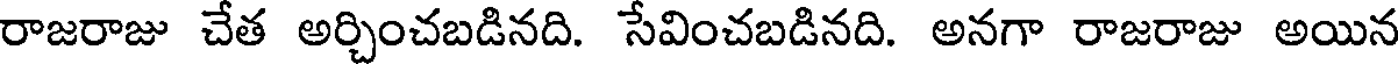
రాజరాజు చేత అర్చించబడినది. సేవించబడినది. అనగా రాజరాజు అయిన